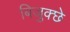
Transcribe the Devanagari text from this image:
बिजुक्छे